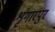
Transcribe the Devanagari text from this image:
शृंगारपुर